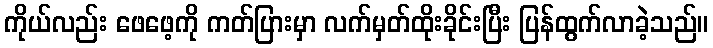
ကိုယ်လည်း ဖေဖေ့ကို ကတ်ပြားမှာ လက်မှတ်ထိုးခိုင်းပြီး ပြန်ထွက်လာခဲ့သည်။